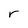
Character: r